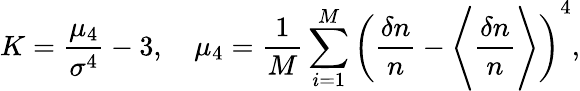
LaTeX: K=\frac{\mu_{4}}{\sigma^{4}}-3,\quad\mu_{4}=\frac{1}{M}\sum_{i=1}^{M}\left(\frac{\delta n}{n}-\Biggl\langle\frac{\delta n}{n}\Biggr\rangle\right)^{4},